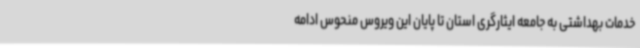
خدمات بهداشتی به جامعه ایثارگری استان تا پایان این ویروس منحوس ادامه